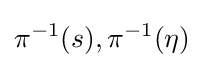
\pi ^{-1}(s),\pi ^{-1}(\eta )